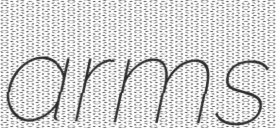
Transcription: arms